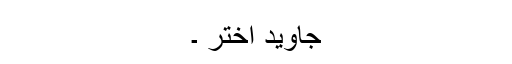
جاوید اختر ۔